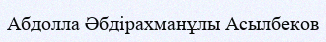
Абдолла Әбдірахманұлы Асылбеков